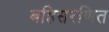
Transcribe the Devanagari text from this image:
बहिसरणित